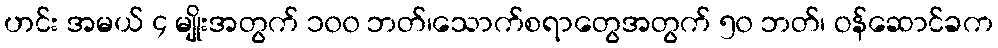
ဟင်း အမယ် ၄ မျိုးအတွက် ၁၀၀ ဘတ်၊သောက်စရာတွေအတွက် ၅၀ ဘတ်၊ ဝန်ဆောင်ခက